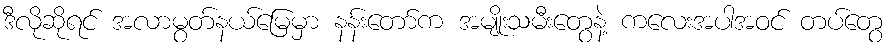
ဒီလိုဆိုရင် အလာမွတ်နယ်မြေမှာ နန်းတော်က အမျိုးသမီးတွေနဲ့ ကလေးအပါအဝင် တပ်တွေ